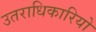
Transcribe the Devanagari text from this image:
उतराधिकारियो